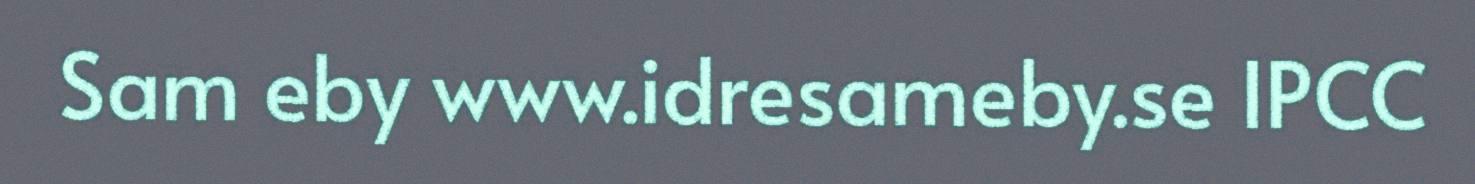
Sam eby www.idresameby.se IPCC